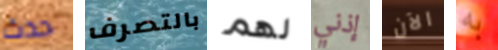
حدث بالتصرف لهم إذني الآن به